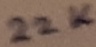
Text: 22K